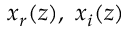
x _ { r } ( z ) , \, \, x _ { i } ( z )